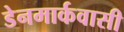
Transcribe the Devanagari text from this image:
डेनमार्कवासी